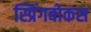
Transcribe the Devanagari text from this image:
स्प्रिंगबोकस